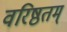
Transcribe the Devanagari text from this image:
वरिष्ठतम्